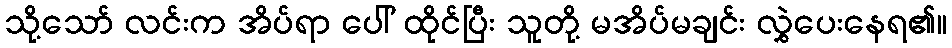
သို့သော် လင်းက အိပ်ရာ ပေါ် ထိုင်ပြီး သူတို့ မအိပ်မချင်း လွှဲပေးနေရ၏။